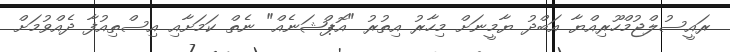
ރައީސުލްޖުމްހޫރިއްޔާ އަބްދު ޔާމީނަށް މިހާރު އިތުރު "އޮޕްޝަނެއް" ނެތް ކަމަށާއި އިސްތިއުފާ ދެއްވުމަށް